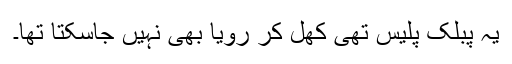
یہ پبلک پلیس تھی کھل کر رویا بھی نہیں جاسکتا تھا۔